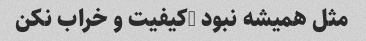
مثل همیشه نبود …کیفیت و خراب نکن